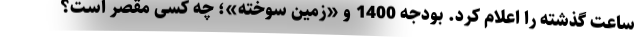
ساعت گذشته را اعلام کرد. بودجه 1400 و «زمین سوخته»؛ چه کسی مقصر است؟